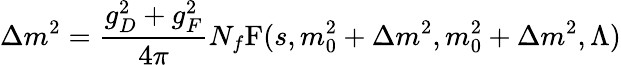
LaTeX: \Delta m^{2}=\frac{g_{D}^{2}+g_{F}^{2}}{4\pi}N_{f}\mathrm{F}(s,m_{0}^{2}+\Delta m^{2},m_{0}^{2}+\Delta m^{2},\Lambda)